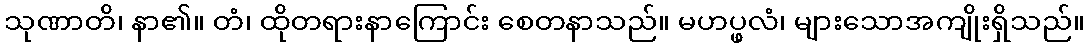
သုဏာတိ၊ နာ၏။ တံ၊ ထိုတရားနာကြောင်း စေတနာသည်။ မဟပ္ဖလံ၊ များသောအကျိုးရှိသည်။